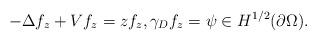
LaTeX: \begin{align*} -\Delta f_z + Vf_z = zf_z,\gamma_D f_z = \psi\in H^{1/2}(\partial\Omega).\end{align*}